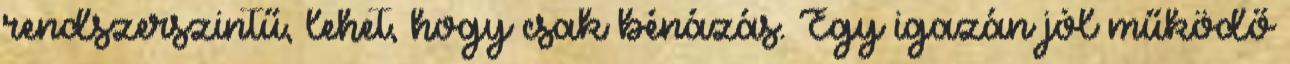
rendszerszintű, lehet, hogy csak bénázás. Egy igazán jól működő